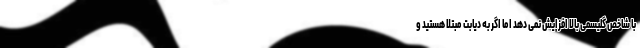
با شاخص گلیسمی بالا افزایش نمی دهد اما اگر به دیابت مبتلا هستید و